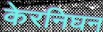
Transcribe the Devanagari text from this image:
केरनिघन